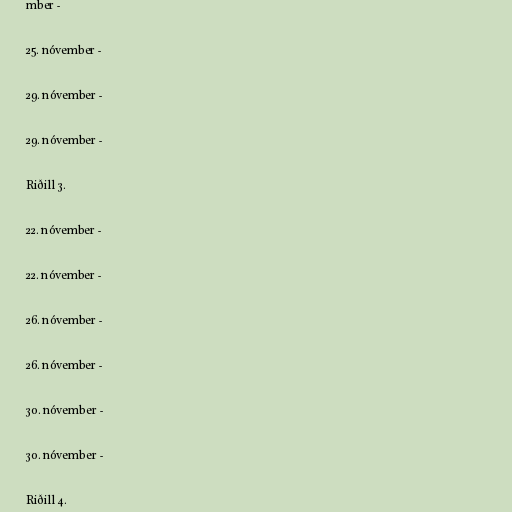
mber -

25. nóvember -

29. nóvember -

29. nóvember -

Riðill 3.

22. nóvember -

22. nóvember -

26. nóvember -

26. nóvember -

30. nóvember -

30. nóvember -

Riðill 4.